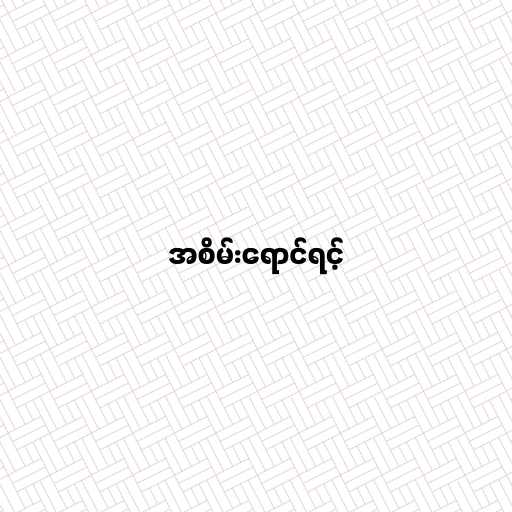
အစိမ်းရောင်ရင့်